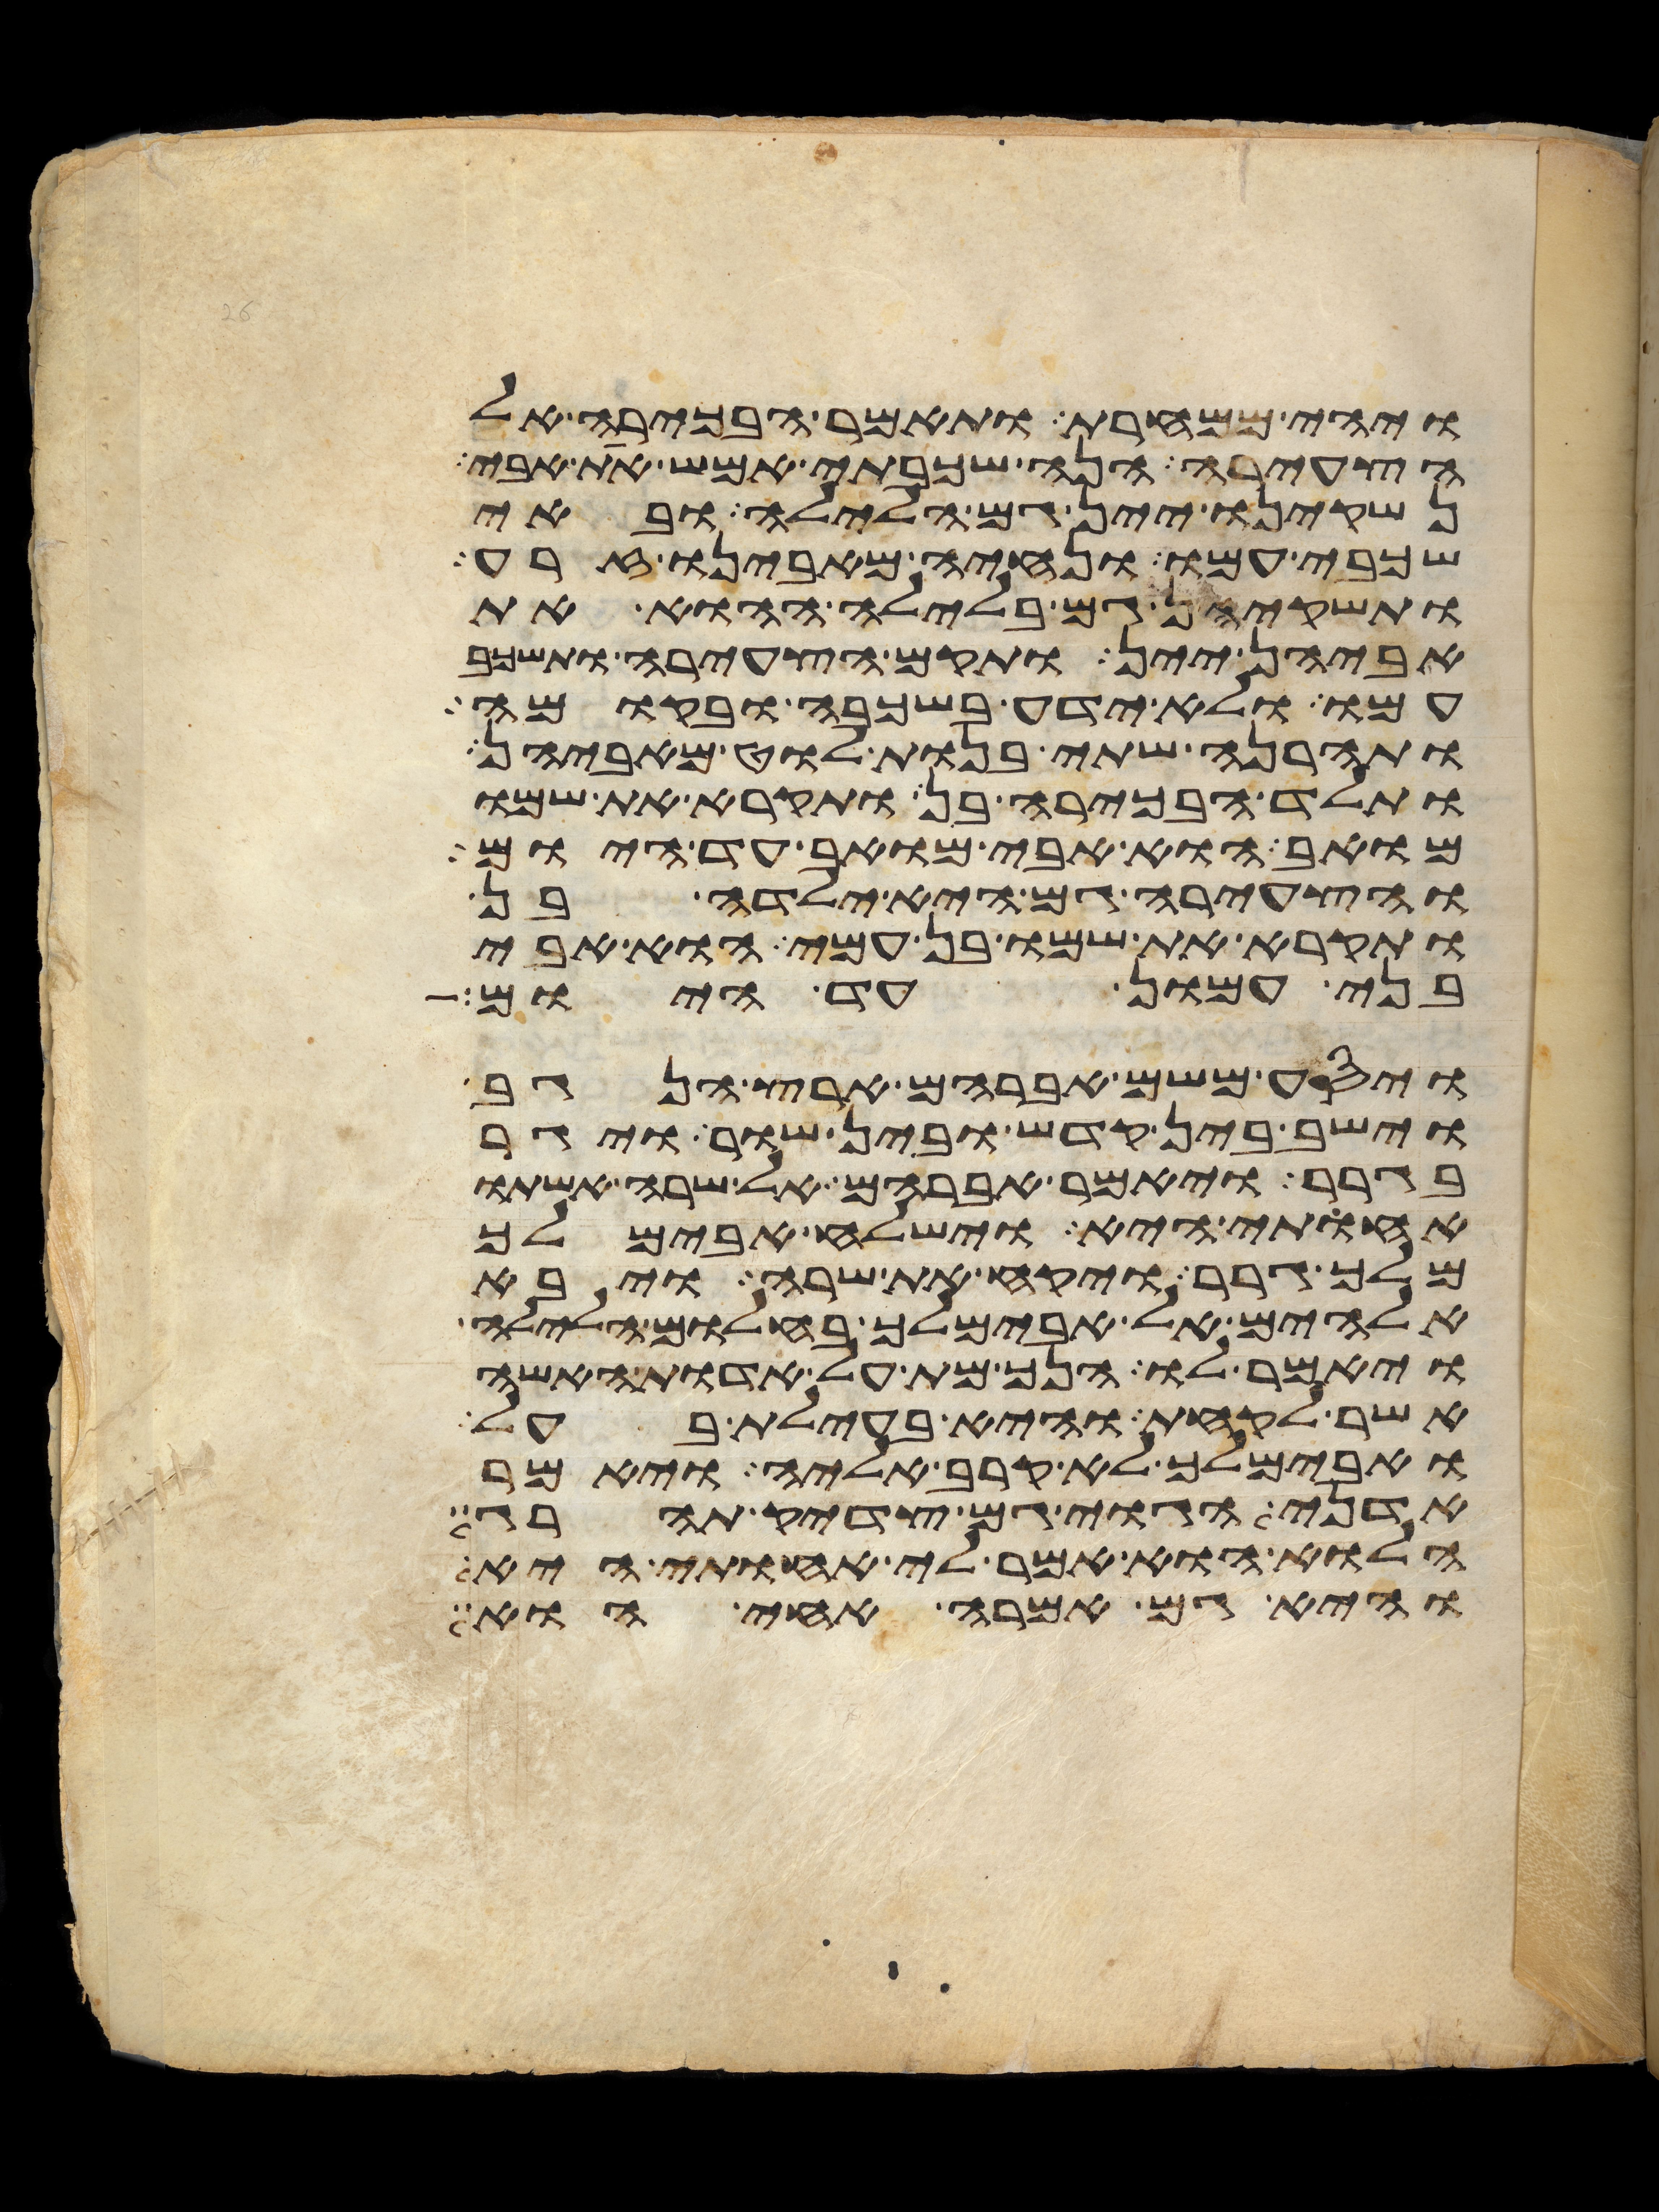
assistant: ויהי ממחרת ותאמר הבכירה אל
הצעירה הנה שכבתי אמש את אבי
נשקינו יין גם הלילה ובאי
שכבי עמו ונחיה מאבינו זרע
ותשקיהן גם בלילה ההוא את
אביהן יין ותקם הצעירה ותשכב
עמו ולא ידע בשכבה ובקומה
ותהרנה שתי בנות לוט מאביהן
ותלד הבכירה בן ותקרא את שמו
מואב הוא אבי מואב עד היום
והצעירה גם היא ילדה בן
ותקרא את שמו בן עמי הוא אבי
בני עמון עד היום
ויסע משם אברהם ארץ הנגב
וישב בין קדש ובין שור ויגר
בגרר ויאמר אברהם אל שרה אשתו
אחותי היא וישלח אבימלך
מלך גרר ויקח את שרה ויבא
אלהים אל אבימלך בחלום הלילה
ויאמר לו הנך מת על אדות האשה
אשר לקחת והיא בעילת בעל
ואבימלך לא קרב אליה ויאמר
אדני הגוי גם צדיק תהרג
הלוא הוא אמר לי אחותי היא
והיא גם אמרה אחי הוא